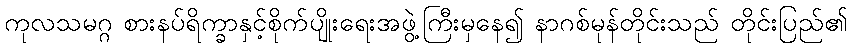
ကုလသမဂ္ဂ စားနပ်ရိက္ခာနှင့်စိုက်ပျိုးရေးအဖွဲ့ကြီးမှနေ၍ နာဂစ်မုန်တိုင်းသည် တိုင်းပြည်၏